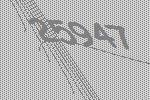
25947